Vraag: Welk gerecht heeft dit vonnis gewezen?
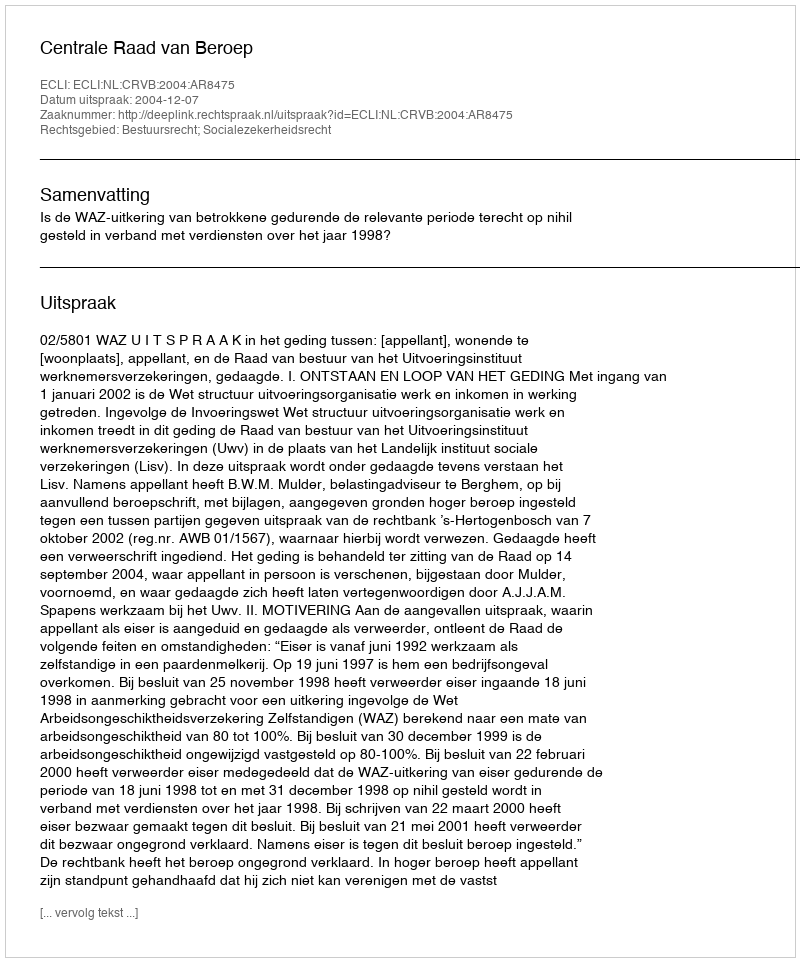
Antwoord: Centrale Raad van Beroep